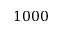
1 0 0 0